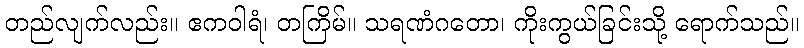
တည်လျက်လည်း။ ဧကဝါရံ၊ တကြိမ်။ သရဏံဂတော၊ ကိုးကွယ်ခြင်းသို့ ရောက်သည်။